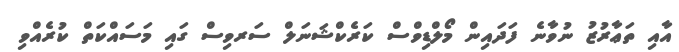
އާއި ތަޢާރުޒު ނުވާނެ ފަދައިން މޯލްޑިވްސް ކަރެކްޝަނަލް ސަރވިސް ގައި މަސައްކަތް ކުރެއްވި